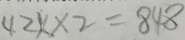
4 2 x \times 2 = 8 4 8